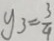
y _ { 3 } = \frac { 3 } { 4 }